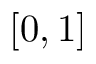
[ 0 , 1 ]